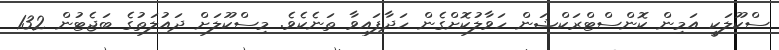
ސްކޫލަކީ އަމިން ކޮންސްޓްރަކްޝަން ހަވާލުކޮށްގެން ހަދާފައިވާ ތަނެކެވެ. މިސްކޫލަށް ދައުލަތުގެ ބަޖެޓުން 132